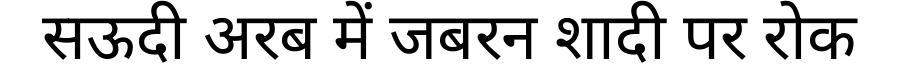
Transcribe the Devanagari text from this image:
सऊदी अरब में जबरन शादी पर रोक